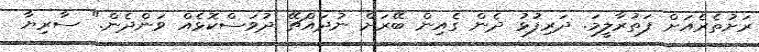
ރަށުތެރެއަށް ފަތުރާލީމަ. ދަރިފުޅު ދެން ގެއިން ބޭރަށް ނުދައްޗޭ ދުވަސްކޮޅެއް ވަންދެން." ސާރިޔާ